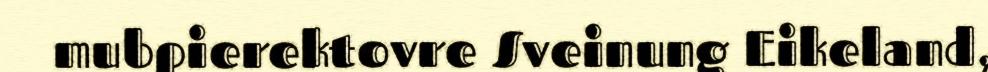
mubpierektovre Sveinung Eikeland,